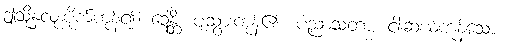
ဤသို့နှလုံးပိုက်ကုန်၍။ ဍေန္တိ၊ ပျံသွားကုန်၏။ ပညာသတာ၊ ငါးဆယ်ကုန်သော။